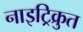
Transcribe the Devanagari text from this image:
नाइट्रिक्रुत